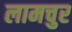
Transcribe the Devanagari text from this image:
लामचुर